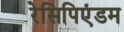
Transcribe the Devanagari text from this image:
रेसिपिएंडम